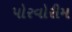
પોરવોરીમ